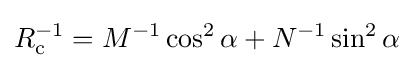
R_{\mathrm {c} }^{-1}=M^{-1}\cos ^{2}\alpha +N^{-1}\sin ^{2}\alpha